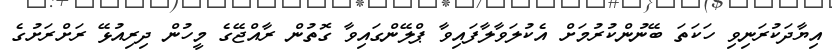
އިޔާދަކުރަނިވި ހަކަތަ ބޭނުންކުރުމަށް އެކުލަވާލާފައިވާ ޕްލޭންގައިވާ ގޮތުން ރާއްޖޭގެ މީހުން ދިރިއުޅޭ ރަށްރަށުގެ